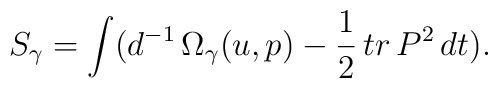
S_{\gamma}=\int (d^{-1}\,\Omega_{\gamma}(u,p)-\frac{1}{2}\,tr\,P^{2}\,dt).